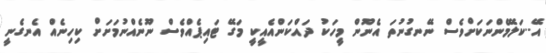
އޭ..ކަލޭމެންނަކަށްވެސް ނޭނގުނުތަ އެނޫން މީހަކު ދައްކަންއެއީކީ މަގޭ ޓައިޕެއްވެސް ނޫނެއްނުމަށަށް ކިހިނެއް އެނގެނީ